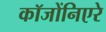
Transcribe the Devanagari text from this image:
कॉजोंनिएरे